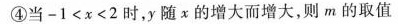
④当$$- 1< x < 2$$时，y随x的增大而增大，则m的取值